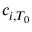
c _ { i , T _ { 0 } }